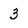
Character: 3